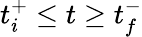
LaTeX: t_{i}^{+}\leq t\geq t_{f}^{-}